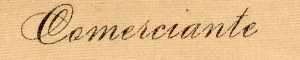
Comeiciante